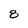
Character: 8